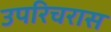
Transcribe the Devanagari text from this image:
उपरिचरास